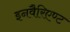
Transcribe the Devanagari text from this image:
इनवैरिएण्ट